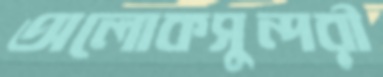
অলোকসুন্দরী